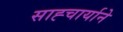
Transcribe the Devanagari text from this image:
साह्चार्याने